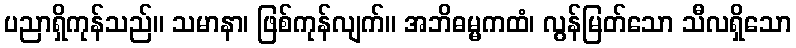
ပညာရှိကုန်သည်။ သမာနာ၊ ဖြစ်ကုန်လျက်။ အဘိဓမ္မကထံ၊ လွန်မြတ်သော သီလရှိသော